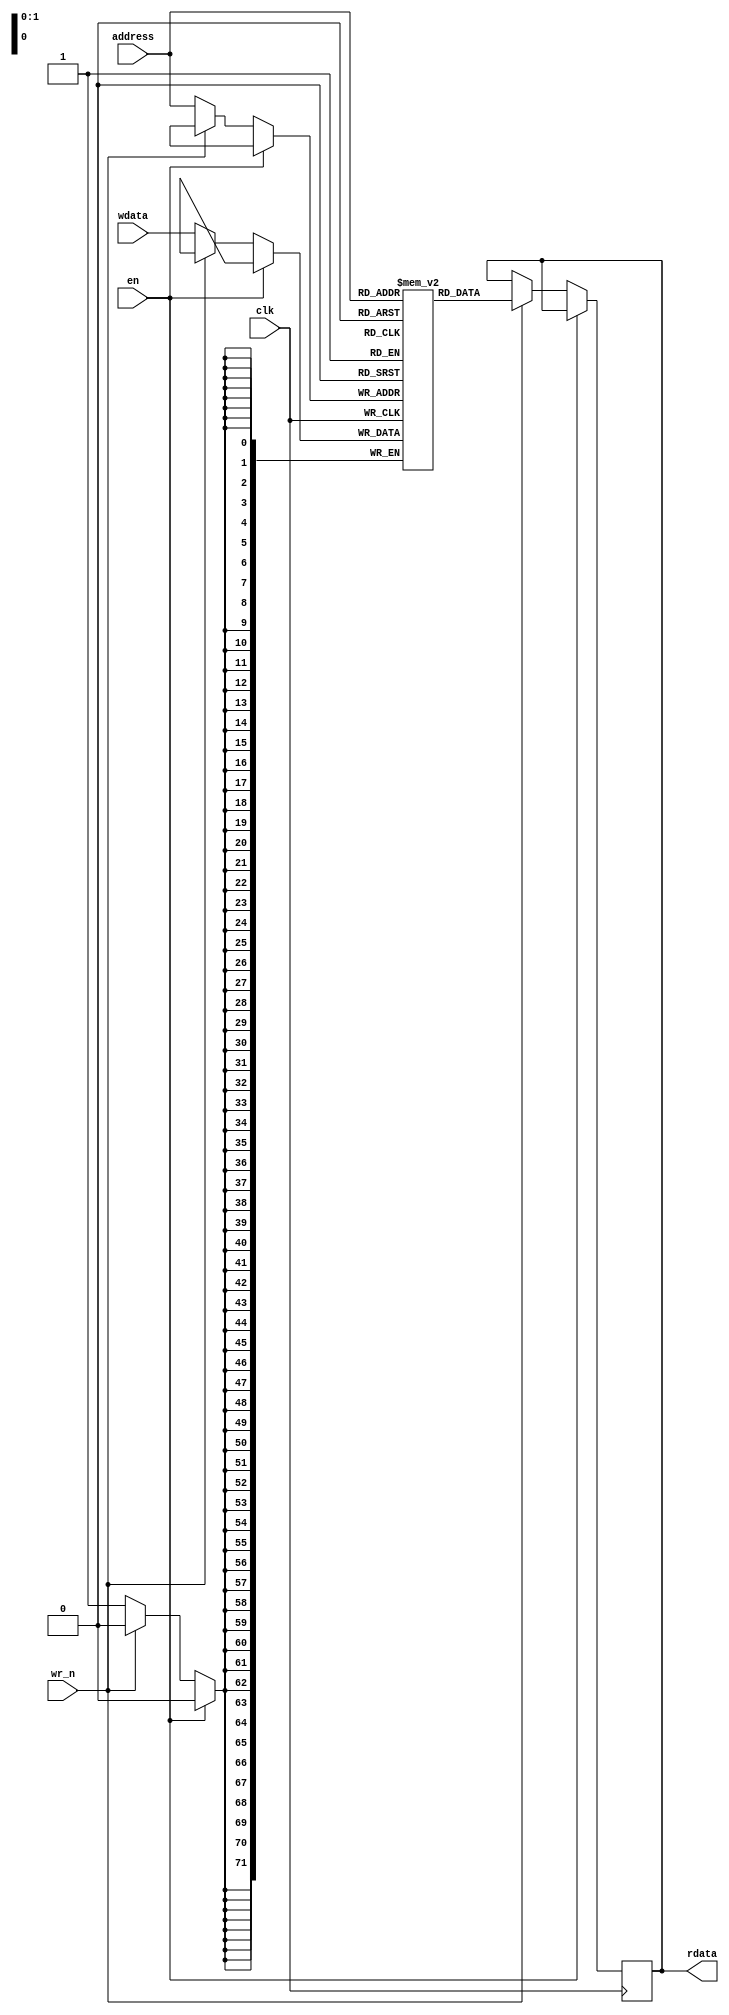
module dff_ram_4x72 (
    input wire clk,
    input wire en,
    input wire wr_n,
    input wire [1:0] address ,
    input wire [71:0]wdata,

    output reg [71:0]rdata
);
    reg [71:0] mem [3:0];

    always @(posedge clk) begin
        if(!en) begin
            if(!wr_n)begin
                mem[address] <= wdata;
            end
            else if(wr_n) begin
                rdata <= mem[address];
            end
        end
end

endmodule